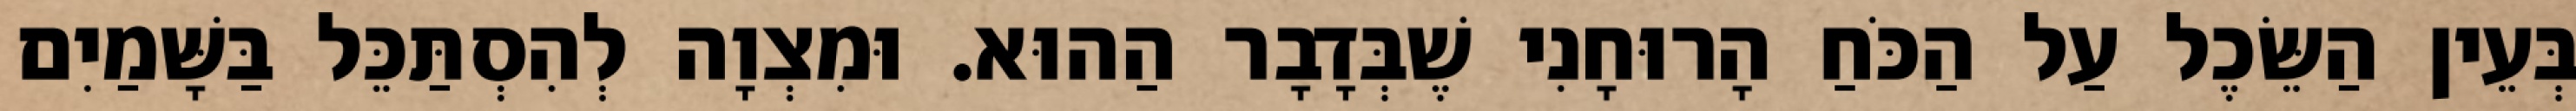
בְּעֵין הַשֵּׂכֶל עַל הַכֹּחַ הָרוּחָנִי שֶׁבְּדָבָר הַהוּא. וּמִצְוָה לְהִסְתַּכֵּל בַּשָּׁמַיִם